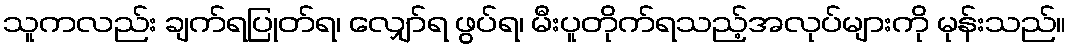
သူကလည်း ချက်ရပြုတ်ရ၊ လျှော်ရ ဖွပ်ရ၊ မီးပူတိုက်ရသည့်အလုပ်များကို မုန်းသည်။